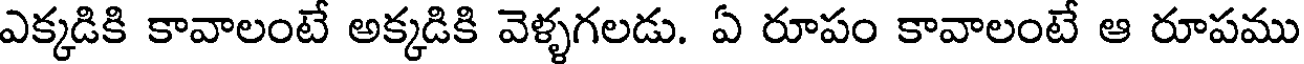
ఎక్కడికి కావాలంటే అక్కడికి వెళ్ళగలడు. ఏ రూపం కావాలంటే ఆ రూపము